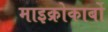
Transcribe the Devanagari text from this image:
माइक्रोकार्बो